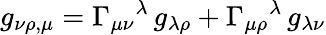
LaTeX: g_{\nu\rho,\mu}=\Gamma_{\mu\nu}{}^{\lambda}\, g_{\lambda\rho}+\Gamma_{\mu\rho}{}^{\lambda}\, g_{\lambda\nu}